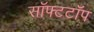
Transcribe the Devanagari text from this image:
सॉफ्टटॉप